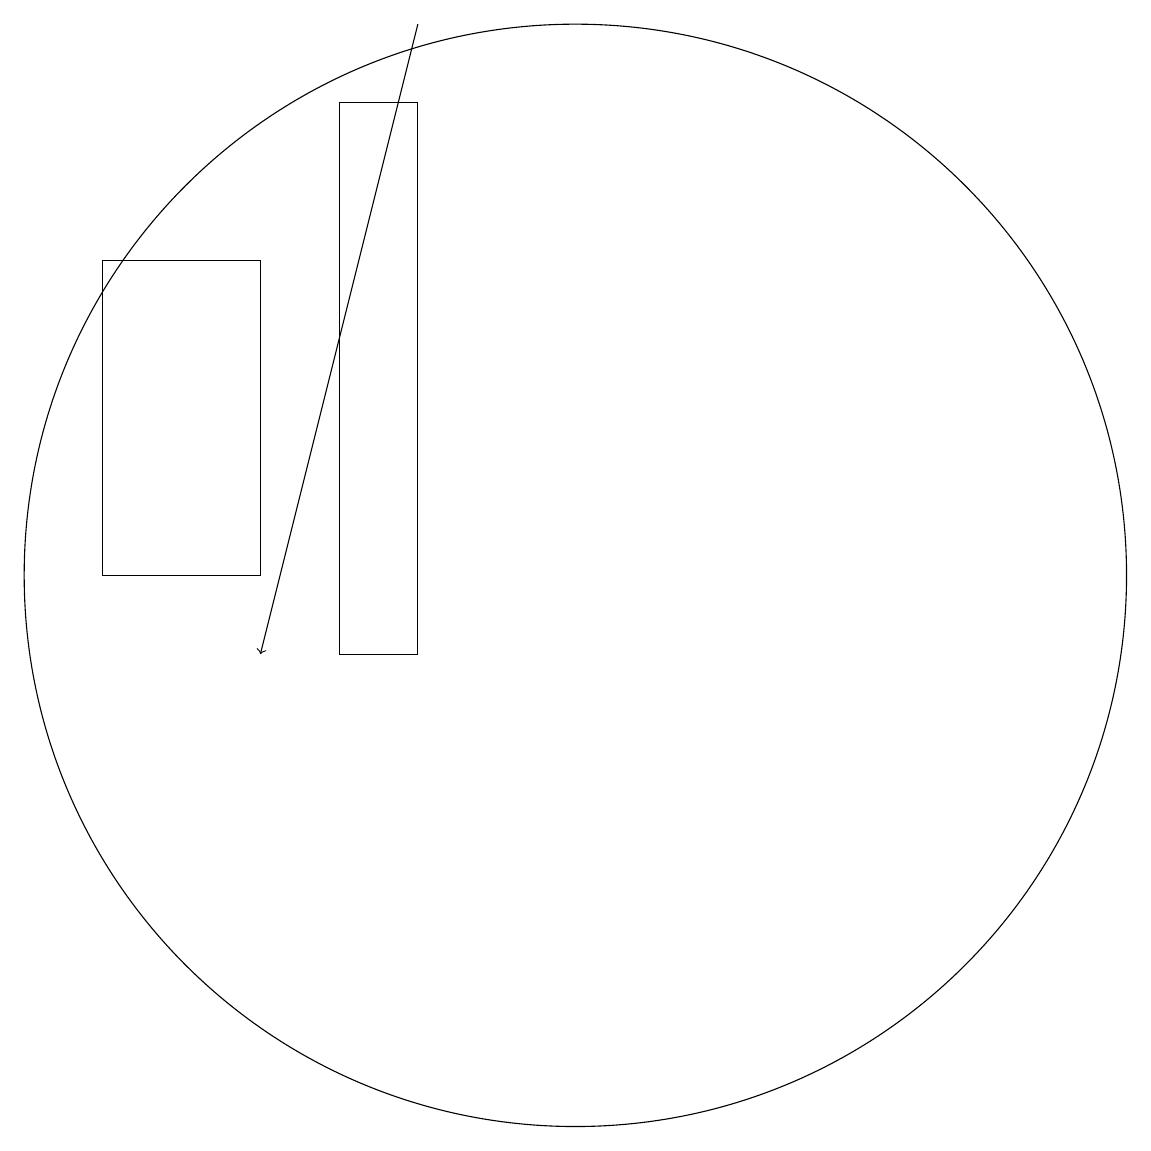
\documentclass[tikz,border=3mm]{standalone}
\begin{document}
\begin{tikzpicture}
\draw (5,11) rectangle (7,15);
\draw[->] (9,18) -- (7,10);
\draw (11,11) circle (7);
\draw (8,10) rectangle (9,17);
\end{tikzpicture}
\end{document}